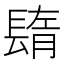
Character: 𨲕